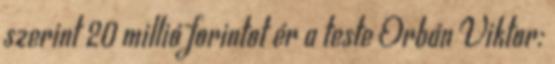
szerint 20 millió forintot ér a teste Orbán Viktor: